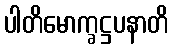
ပါတိမောက္ခဋ္ဌပနာတိ